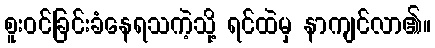
စူးဝင်ခြင်းခံနေရသကဲ့သို့ ရင်ထဲမှ နာကျင်လာ၏။